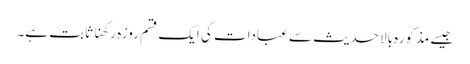
جیسے مذکورہ بالا حدیث سے عبادات کی ایک قسم روزہ رکھنا ثابت ہے۔